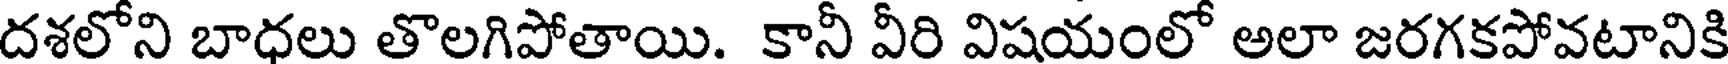
దశలోని బాధలు తొలగిపోతాయి. కానీ వీరి విషయంలో అలా జరగకపోవటానికి